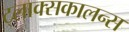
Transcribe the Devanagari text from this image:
ट्लाक्सकालन्स